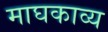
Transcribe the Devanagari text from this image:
माघकाव्य